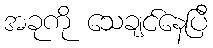
အခုကို သေချင်နေပြီ